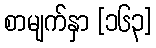
စာမျက်နှာ [၁၆၃]